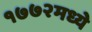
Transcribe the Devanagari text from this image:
१७७२मध्ये